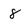
Character: 8